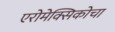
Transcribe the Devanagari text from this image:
एरोमेक्सिकोचा